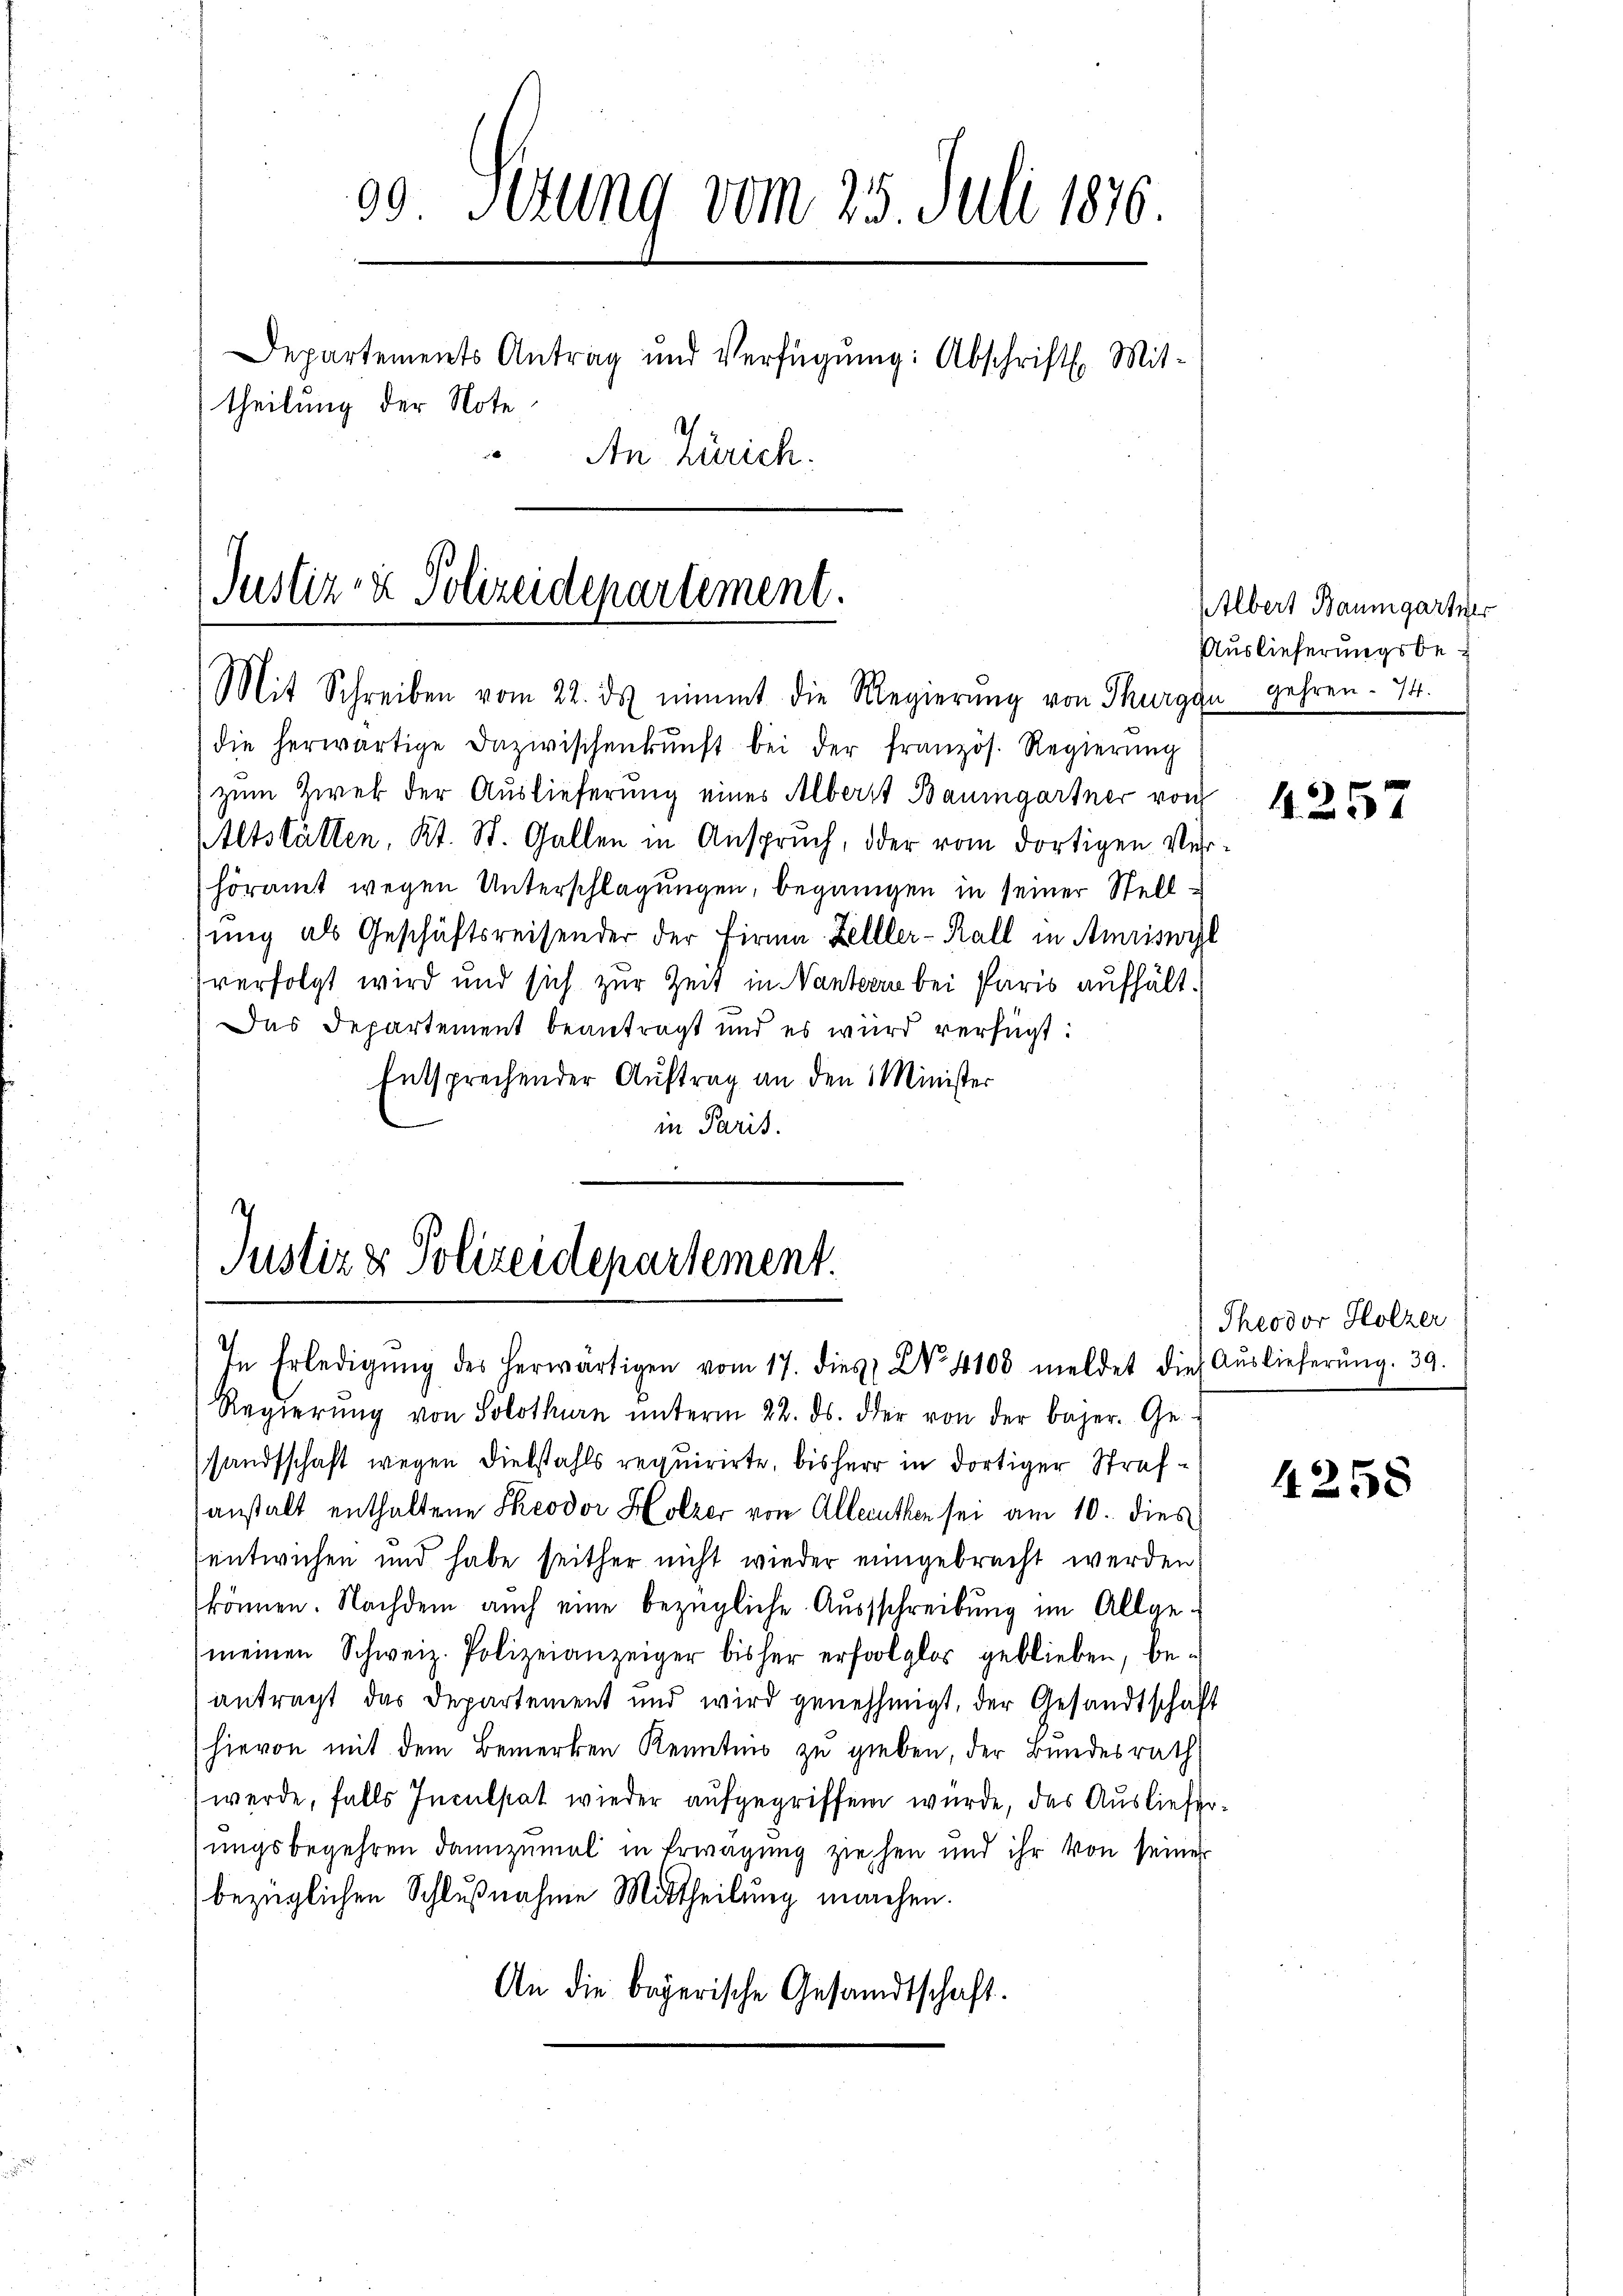
00 Setung vom 25. Juli 1870
Departements Antrag und Verfügŭng: Abschrift. Mit-
theilung der Note
An Zürich.

Justiz & Polizeidepartement.
Mit Schreiben vom 22. ds nimmt die Regierŭng von Thurgau gehren. 74.

die herwärtige Dazwischenkunft bei der französ. Regierŭng
zum Zwek der Auslieferung eines Alberst Baumgartner von
Altställen, Kt. St. Gallen in Anspruch, oder vom dortigen Verhöramt wegen Unterschlagungen, begangen in seiner Stellung als Geschäftsreisender der Firma Zelller-Rall in Amriswyl
verfolgt wird und sich zur Zeit in Nanterre bei Paris aufhält¬
Das Departement beantragt und es wird verfügt:
Entsprechender Auftrag an den Minister
in Paris.
7

Regierŭng von Solothurn ŭnterm 22. ds. der von der Bager. Ge-
sandtschaft wegen Diebstahls requirirte, bisherr in dortiger Strafanstalt enthaltene Theodor Holzer von Alleruthen sei am 10. dies
entwichen und habe seither nicht wieder eingebracht werden
können. Nachdem auch eine bezügliche Ausschreibung im Allge-
meinen Schweiz. Polizeianzeiger bisher erfolglos geblieben, beantragt das Departement und wird genehmigt, der Gesandtschaft
hievon mit dem Bemerken Kenntnis zu gieben, der Bundesrath
werde, falls Inculpat wieder aufgegriffend wurde, das Ausliefersungsbegehren dannzumal in Erwägung ziehen und ihr von seiner
bezüglichen Schlußnahme Mittheilung machen.
An die bayerische Gesandtschaft.

Justiz & Polizeidepartement.
In Erledigŭng des herwärtigen vom 17. dies No. 4100 meldet die Aŭslieferŭng. 39.

Albert Baumgartner
Auslieferungsbe¬

4257

Theodor Holzer

4258